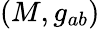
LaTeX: (M,g_{ab})